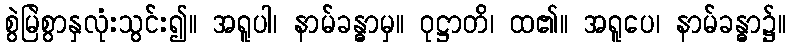
စွဲမြဲစွာနှလုံးသွင်း၍။ အရူပါ၊ နာမ်ခန္ဓာမှ။ ဝုဋ္ဌာတိ၊ ထ၏။ အရူပေ၊ နာမ်ခန္ဓာ၌။